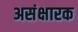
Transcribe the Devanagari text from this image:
असंक्षारक